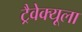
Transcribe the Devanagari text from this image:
ट्रैवेक्यूला